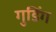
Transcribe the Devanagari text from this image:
गुडिंग